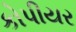
કોપીયર